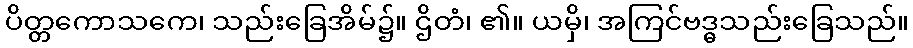
ပိတ္တကောသကေ၊ သည်းခြေအိမ်၌။ ဌိတံ၊ ၏။ ယမှိ၊ အကြင်ဗဒ္ဓသည်းခြေသည်။